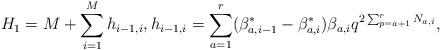
LaTeX: \begin{align*}H_{1}=M+\sum_{i=1}^{M}h_{i-1, i}, h_{i-1, i}=\sum_{a=1}^{r}(\beta_{a, i-1}^{*}-\beta_{a, i}^{*})\beta_{a, i}q^{2\sum_{p=a+1}^{r}N_{a, i}}, \end{align*}